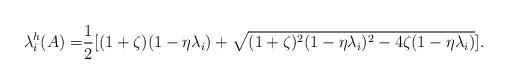
LaTeX: \begin{align*}\lambda_i^{h}(A) =& \frac{1}{2} [(1+\zeta)(1-\eta\lambda_i) +\sqrt{(1+\zeta)^2(1-\eta\lambda_i)^2-4\zeta(1-\eta\lambda_i)} ]. \end{align*}